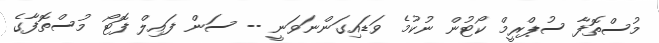
މުސްތޮފާ ސުޕްރީމް ކޯޓުން ނުކުމެ ވަޑައިގަންނަވަނީ -- ސަން ފައިލް ފޮޓޯ މުސްތޮފާގެ